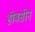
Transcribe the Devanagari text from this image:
होबसोन